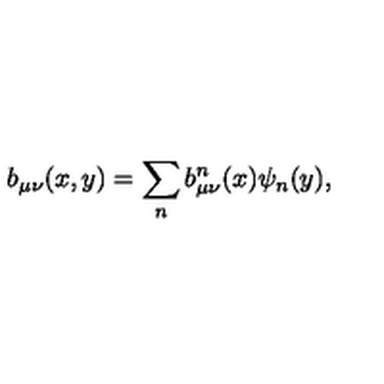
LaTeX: b _ { \mu \nu } ( x , y ) = \sum _ { n } b _ { \mu \nu } ^ { n } ( x ) \psi _ { n } ( y ) ,